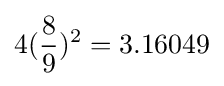
4({\frac {8}{9}})^{2}=3.16049